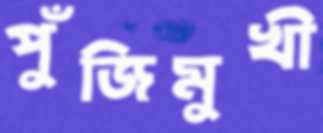
পুঁজিমুখী